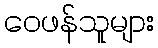
ဝေဖန်သူများ